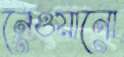
নেওয়ানো